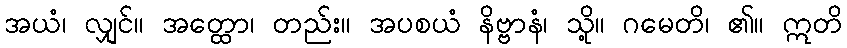
အယံ၊ လျှင်။ အတ္ထော၊ တည်း။ အပစယံ နိဗ္ဗာနံ၊ သို့။ ဂမေတိ၊ ၏။ ဣတိ